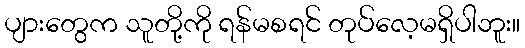
ပျားတွေက သူတို့ကို ရန်မစရင် တုပ်လေ့မရှိပါဘူး။